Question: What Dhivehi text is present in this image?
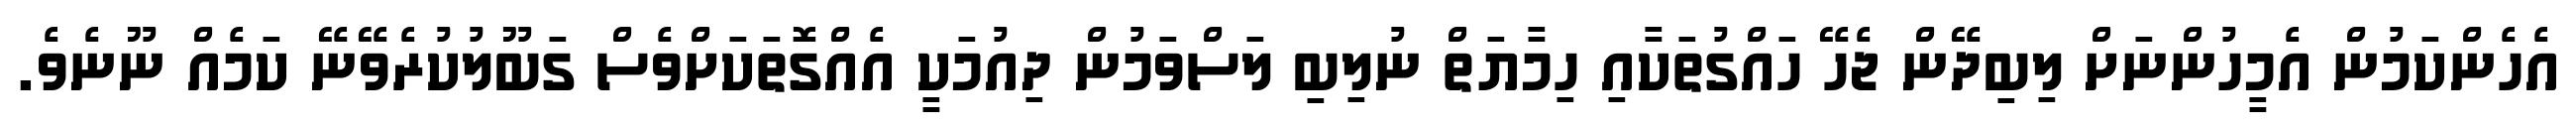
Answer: އެހެންކަމުން އެމީހުންނަށް ލިބިދޭން ޖެހޭ ހައްގުތަކާއި ހިމާޔަތް ނުލިބި ލަސްވަމުން ދިއުމަކީ އެއްގޮތަކަށްވެސް ގަބޫލުކުރެވޭނޭ ކަމެއް ނޫނެވެ.